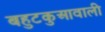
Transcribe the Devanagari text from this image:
बहुटकुआवाली